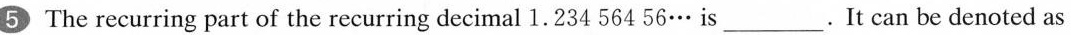
5 The recurring part of the recurring decimal 1.234 564 56… is ___. It can be denoted as